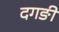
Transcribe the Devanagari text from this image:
दगङी